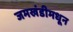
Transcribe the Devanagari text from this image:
जमखंडीमधून